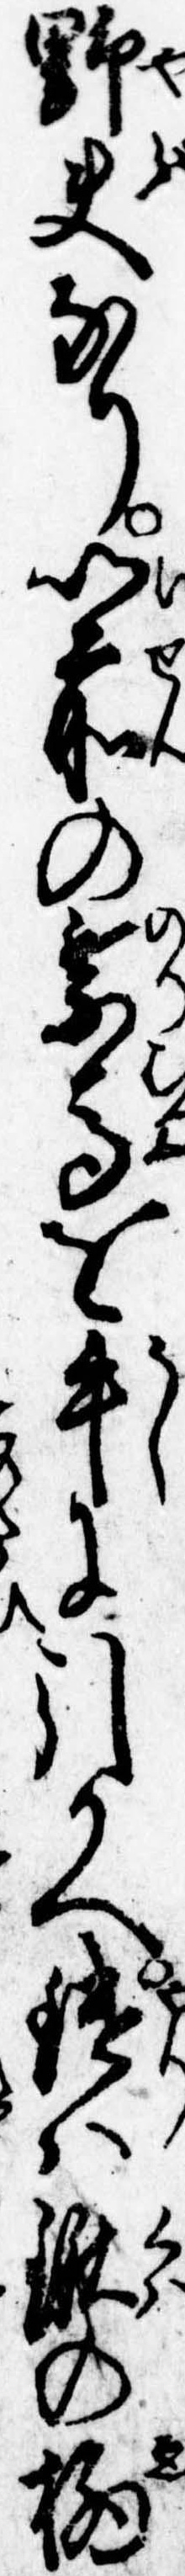
野夫なり以前の乗馬を牛に引かへ槍は鍬の柄